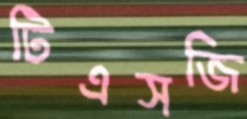
টিএসজি